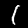
Label: 1